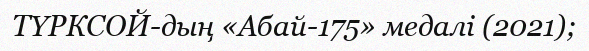
ТҮРКСОЙ-дың «Абай-175» медалі (2021);